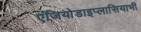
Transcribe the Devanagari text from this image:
एंजियोडाइप्लासियाभी